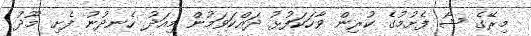
މިރޭގެ ޝޯ ފެށުމުގެ ކުރިން ވާހަކަފުޅު ދައްކަވަމުން މިއަދު ހެނދުނު ފެށި މޫދު